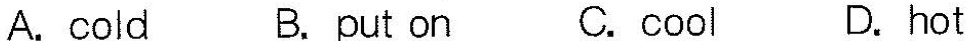
A.cold B.put on C.cool D.hot